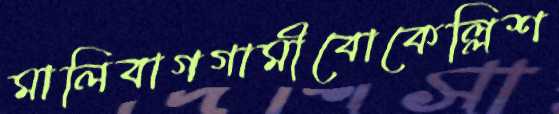
মালিবাগগামীবোকেল্লিশ